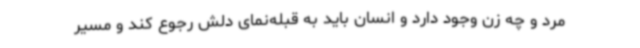
مرد و چه زن وجود دارد و انسان باید به قبله‌نمای دلش رجوع کند و مسیر